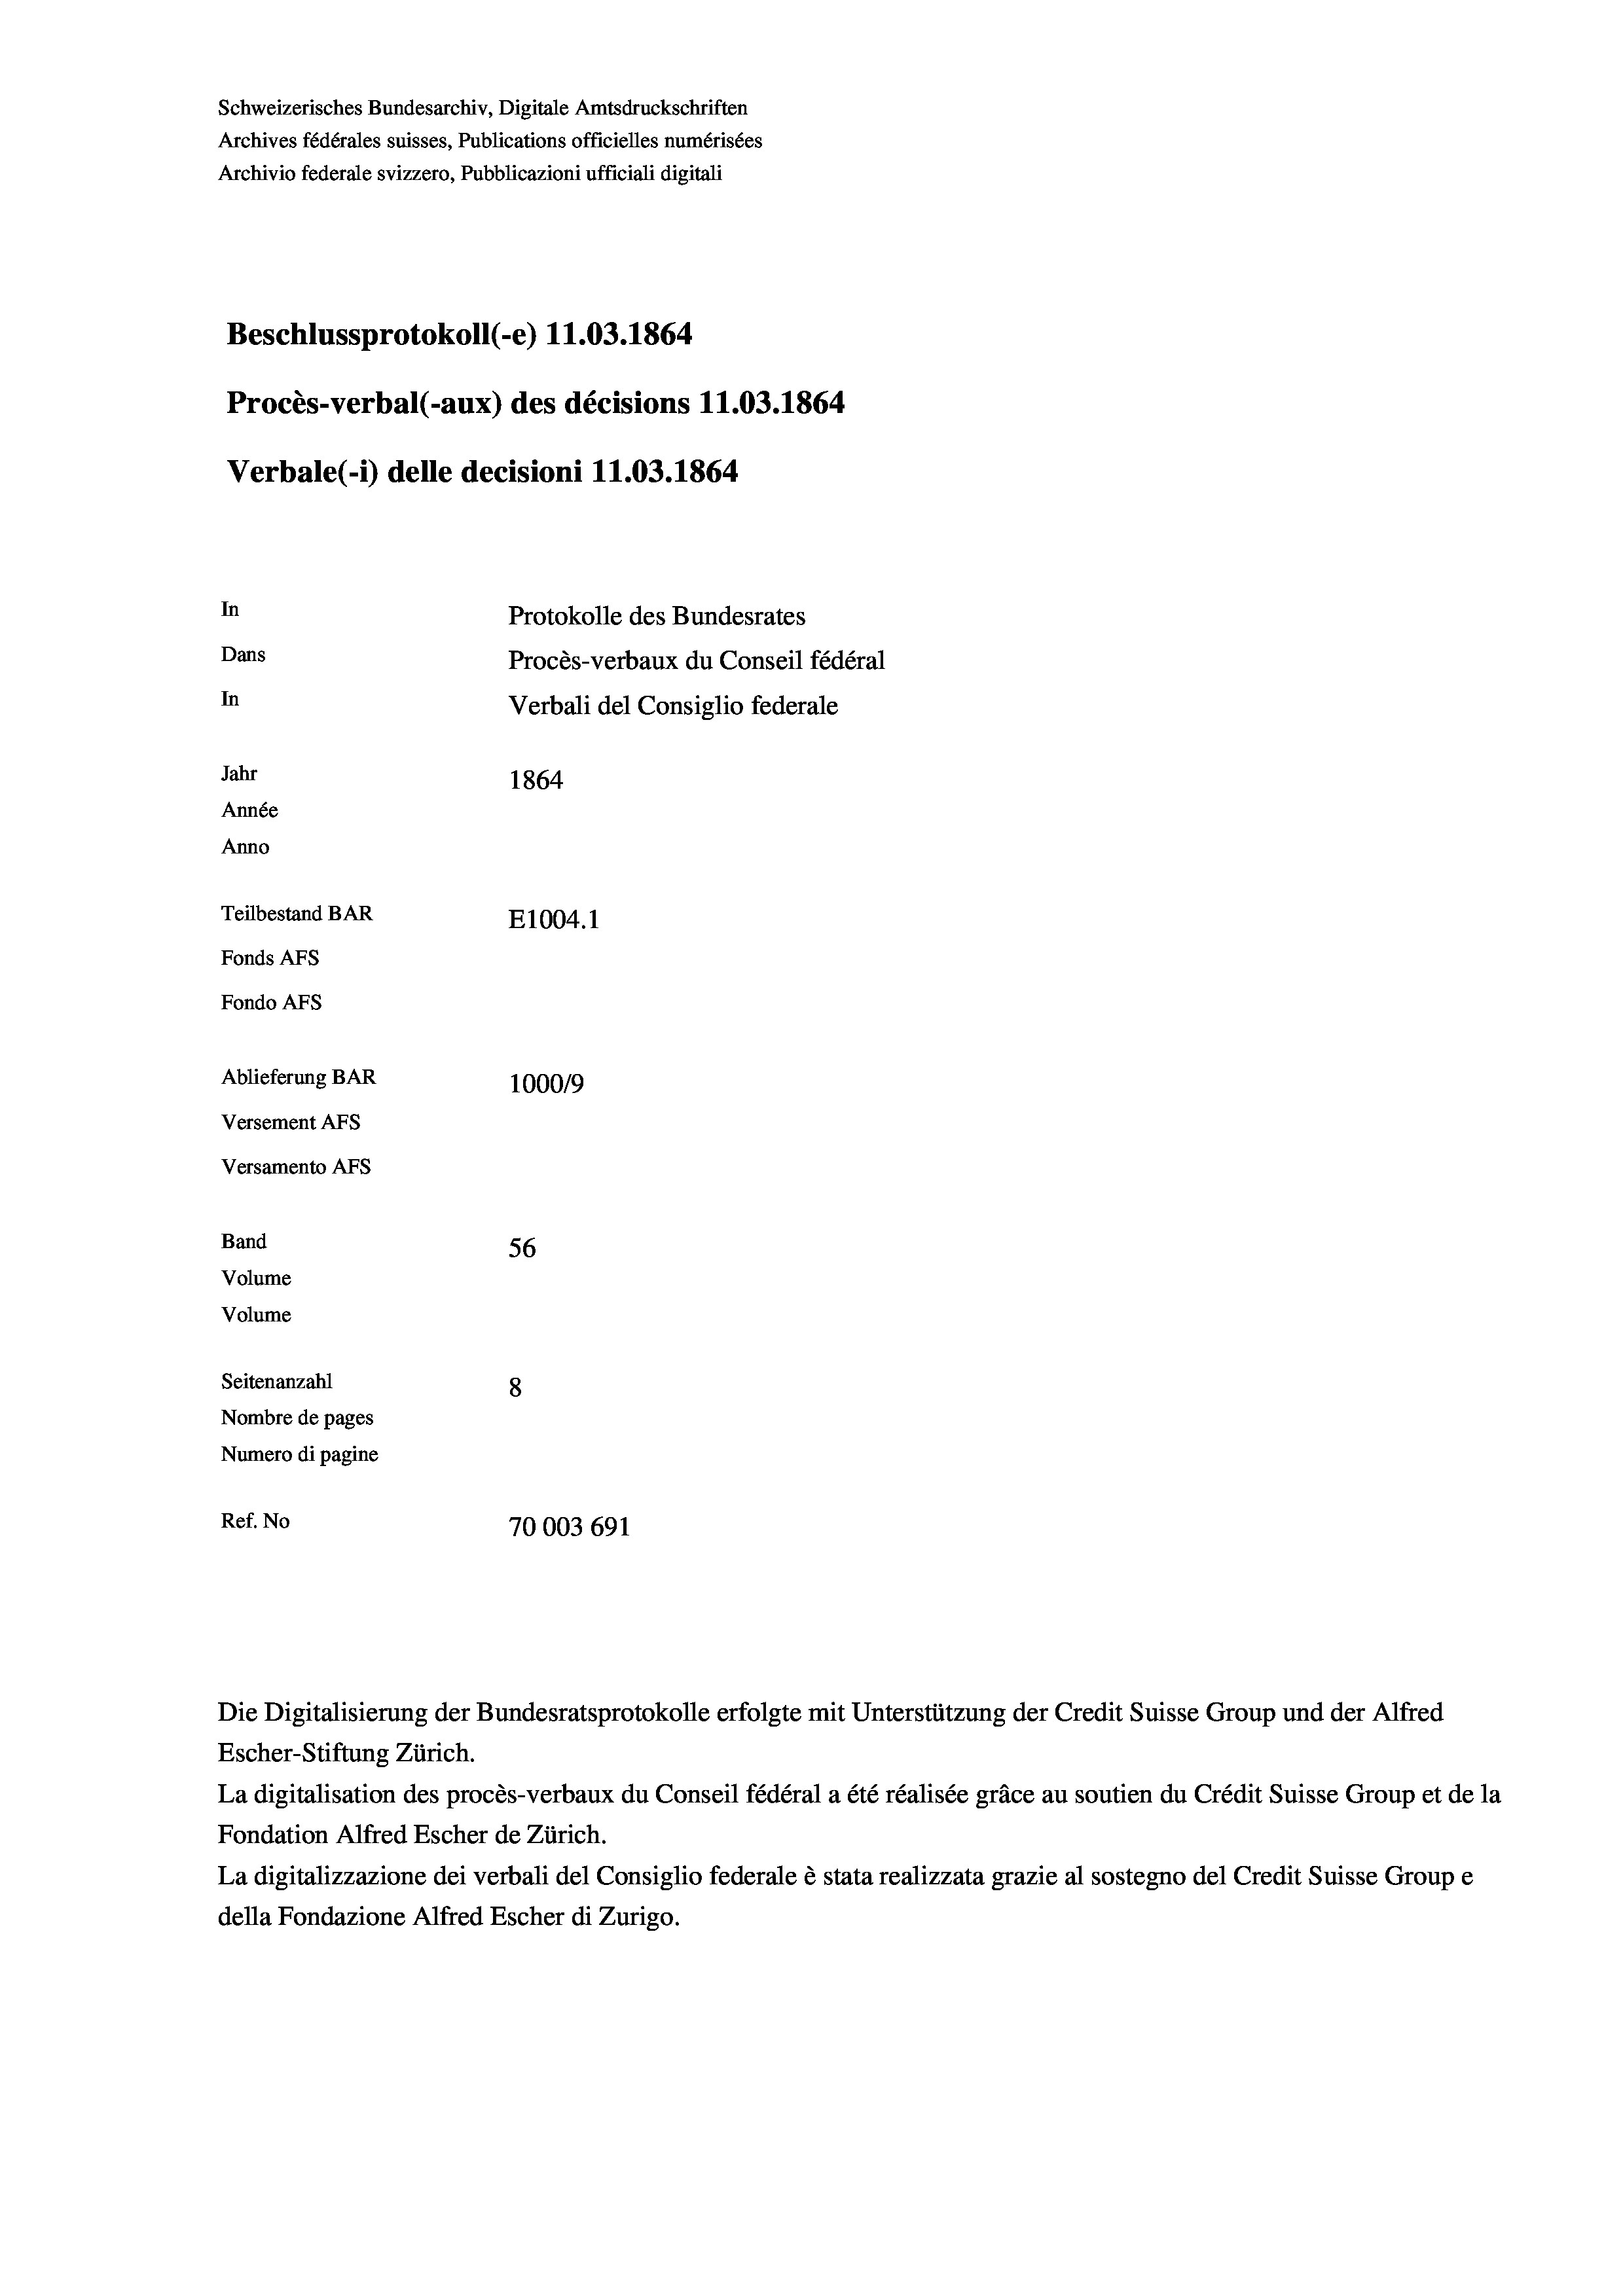
Schweizerisches Bundesarchiv, Digitale Amtsdruckschriften
Archives fédérales suisses, Publications officielles numérisées
Archivio federale svizzero, Pubblicazioni ufficiali digitali
Beschlussprotokoll (-e) 11.03. 1864
Procès-verbal (-aux) des décisions 11.03. 1864
Verbale (i) delle decisioni 11.03. 1864
In
Protokolle des Bundesrates
Dans
Procès-verbaux du Conseil fédéral
In
Verbali del Consiglio federale
Jahr
1864
Année
Anno
Teilbestand BAR
E1004. 1
Fonds Afs
Fondo AFs

Ablieferung BAR
Versement AFS
Versamento Afs
Band
Volume
Volume
Seitenanzahl

100019
56
8
Nombre de pages
Numero di pagine
Ref. No
70003 691

La digitalisation des procès-verbaux du Conseil fédéral a été réalisée gräce au soutien du Crédit Suisse Group et de la
Fondation Alfred Escher de Zürich.
La digitalizzazione dei verbali del Consiglio federale è stata realizzata grazie al sostegno del Credit Suisse Groupe
della Fondazione Alfred Escher di Zurigo.

Die Digitalisierung der Bundesratsprotokolle erfolgte mit Unterstützung der Credit Suisse Group und der Alfred
Escher-Stiftung Zürich.